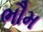
ભૌમ